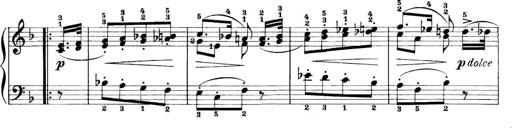
Title: 11 Sonatinas
Composer: Anton Diabelli